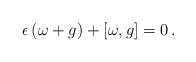
LaTeX: \begin{align*}\epsilon \, (\omega + g) + [\omega,g] =0 \, .\end{align*}